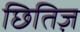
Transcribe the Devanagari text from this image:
छितिज़